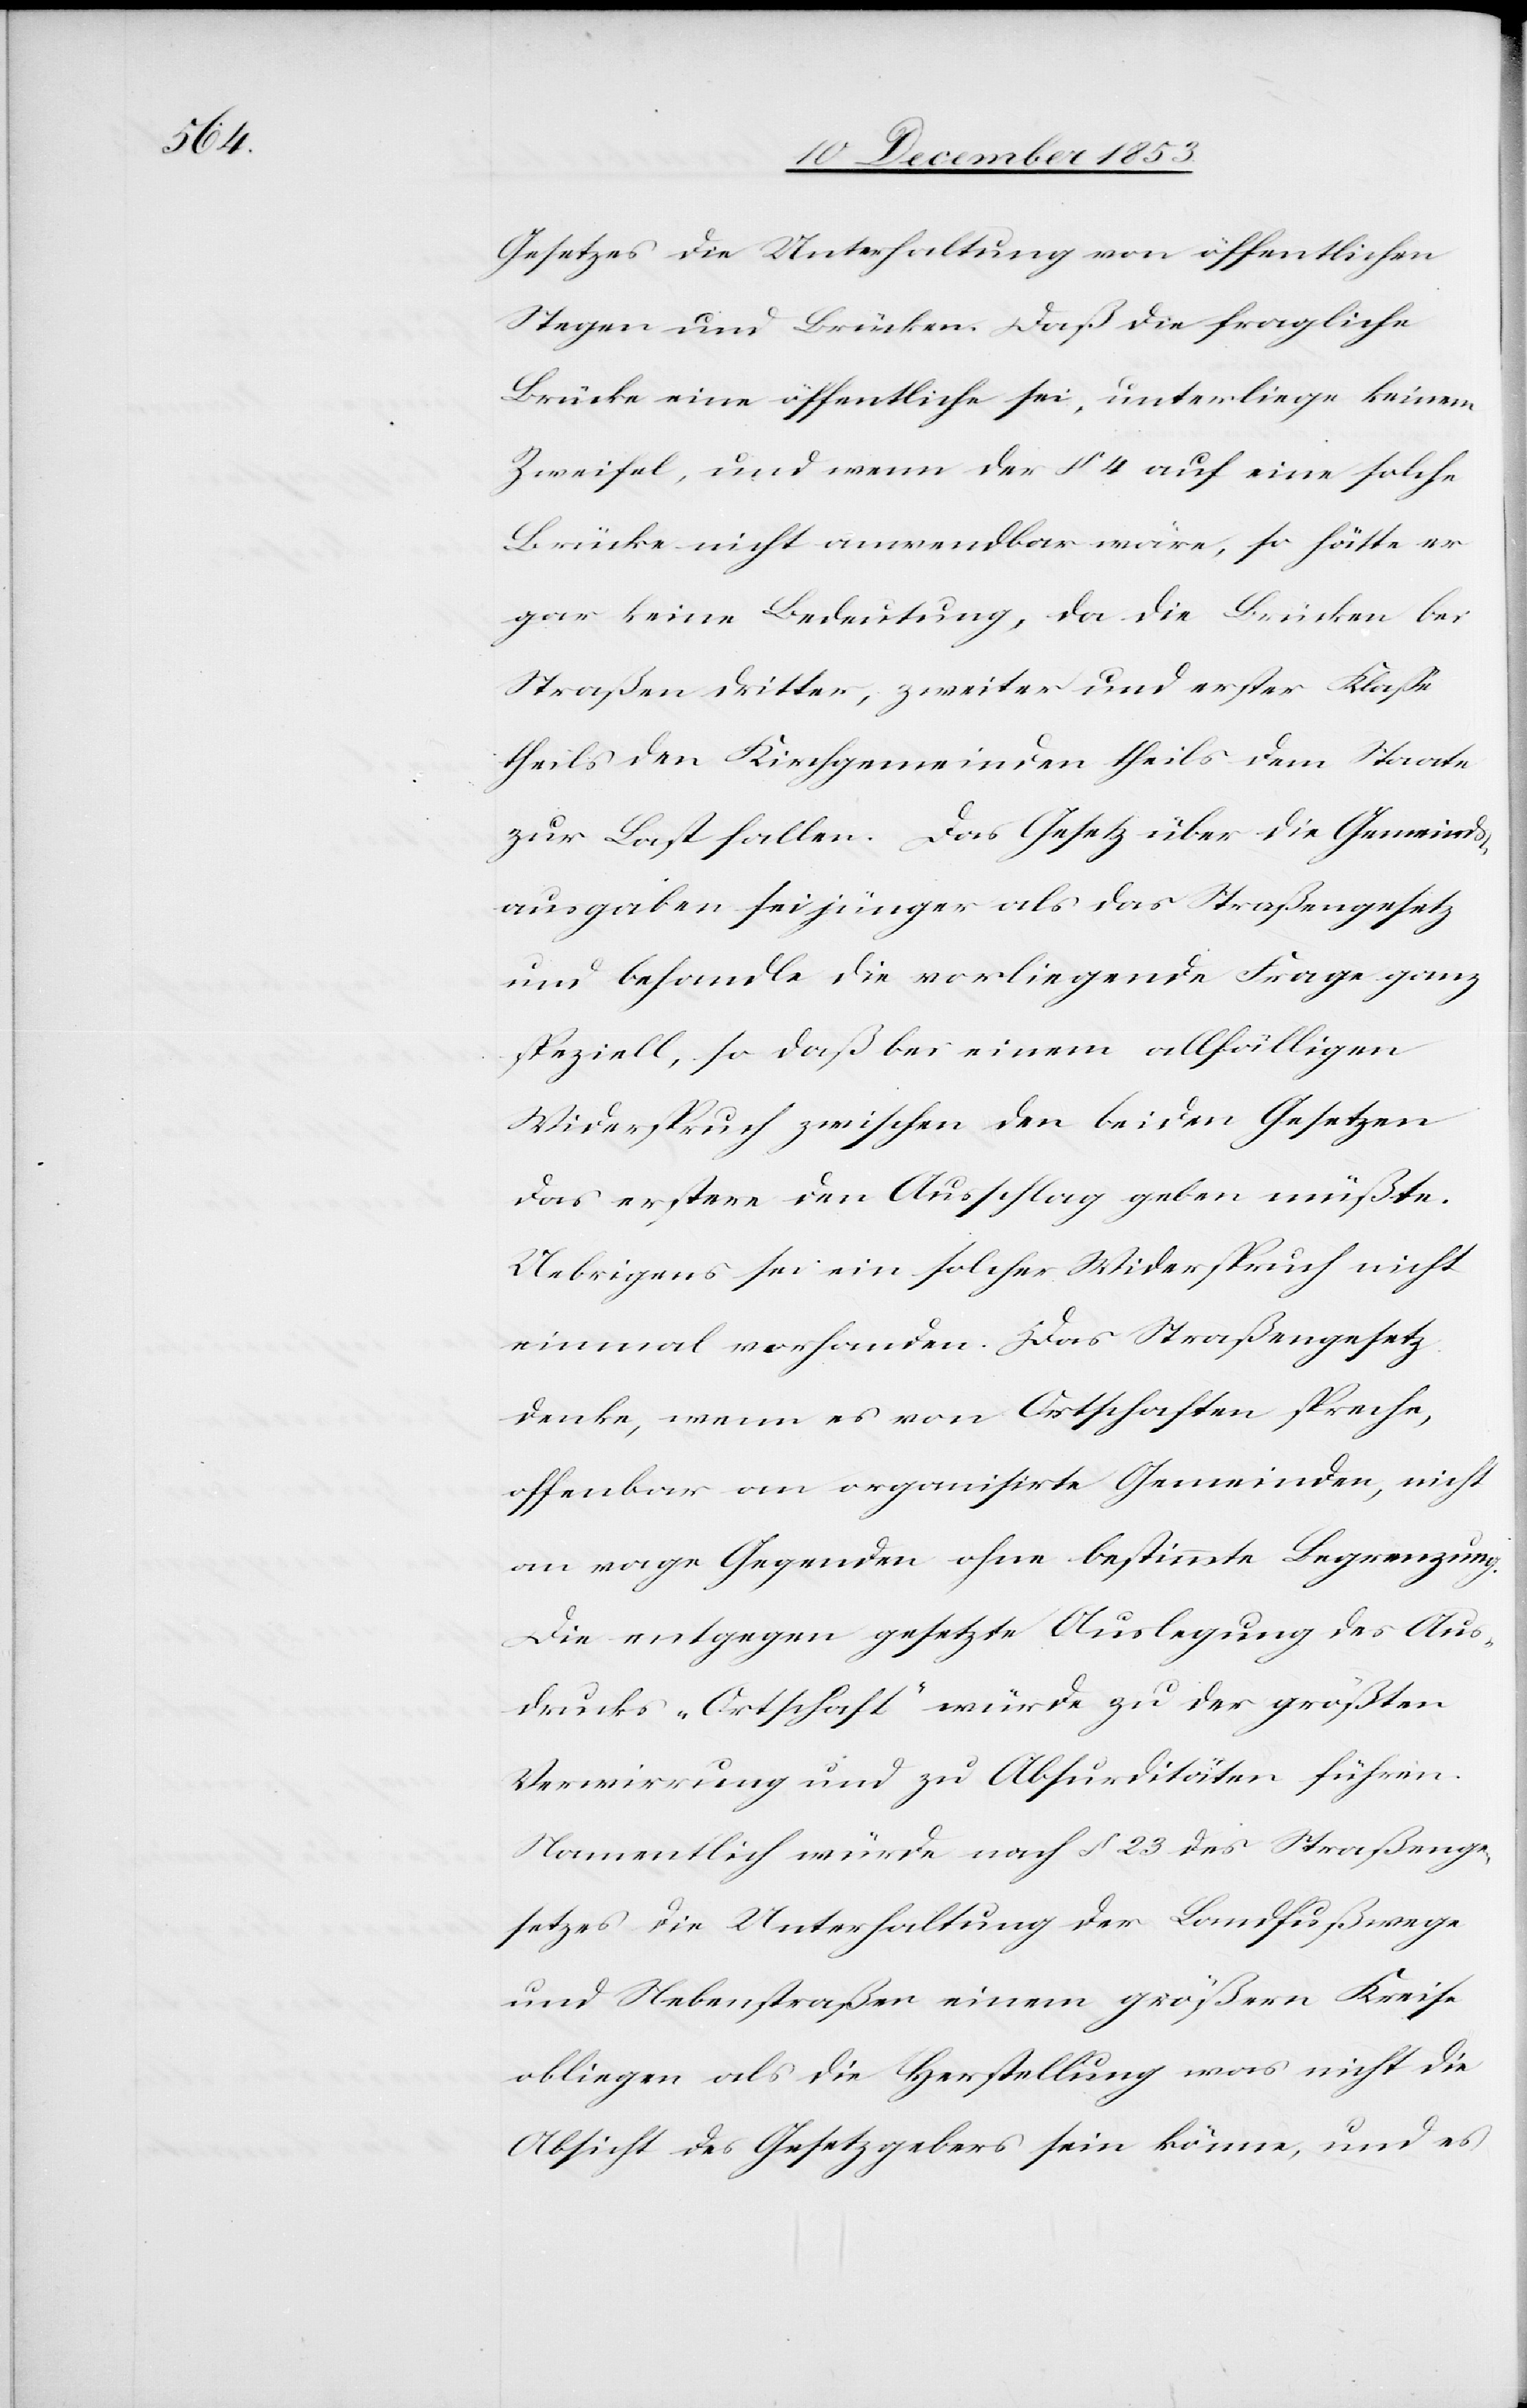
Gesetzes die Unterhaltung von öffentlichen
Stegen und Brücken. Daß die fragliche
Brücke eine öffentliche sei, unterliege keinem
Zweifel, und wenn der § 4 auf eine solche
Brücke nicht anwendbar wäre, so hätte er
gar keine Bedeutung, da die Brücken bei
Straßen dritter, zweiter und erster Klaße
theils den Kirchgemeinden theils dem Staate
zur Last fallen. Das Gesetz über die Gemeinds¬
ausgaben sei jünger als das Straßengesetz
und behandle die vorliegende Frage ganz
speziell, so daß bei einem allfälligen
Widerspruch zwischen den beiden Gesetzen
das erstere den Ausschlag geben müßte.
Uebrigens sei ein solcher Widerspruch nicht
einmal vorhanden. Das Straßengesetz
denke, wenn es von Ortschaften spreche,
offenbar an organisirte Gemeinden, nicht
an vage Gegenden ohne bestimmte Begrenzung.
Die entgegen gesetzte Auslegung des Aus¬
drucks „Ortschaft“ würde zu der größten
Verwirrung und zu Absurditäten führen.
Namentlich würde nach § 23 des Straßenge¬
setzes die Unterhaltung der Landfußwege
und Nebenstraßen einem größern Kreise
obliegen als die Herstellung was nicht die
Absicht des Gesetzesgebers sein könne, und es